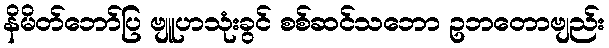
နိမိတ်ဘော်ပြ ဗျူဟသုံးခွင် စစ်ဆင်သဘော ဥဘတောဗျည်း